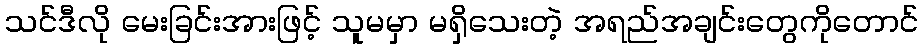
သင်ဒီလို မေးခြင်းအားဖြင့် သူမမှာ မရှိသေးတဲ့ အရည်အချင်းတွေကိုတောင်